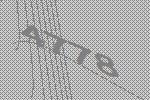
4778